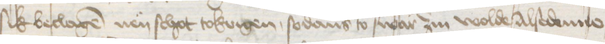
sik beclagen nen schot tokrigen, sodans to swar zin wolde Alse denne